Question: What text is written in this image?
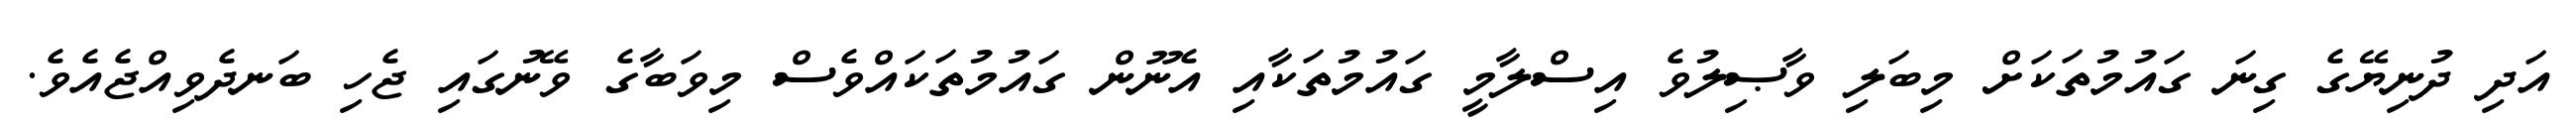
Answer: އަދި ދުނިޔޭގެ ގިނަ ގައުމުތަކަށް މިބަލި ވާޞިލުވެ އިސްލާމީ ގައުމުތަކާއި އެނޫން ގައުމުތަކައްވެސް މިވަބާގެ ވޭނުގައި ޖެހި ބަނދެވިއްޖެއެވެ.